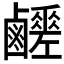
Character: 𪊈